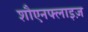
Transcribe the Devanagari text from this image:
शौएनफ्लाइज़